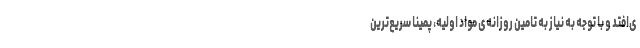
ی‌افتد و با توجه به نیاز به تامین روزانه‌ی مواد اولیه، پمینا سریع‌ترین